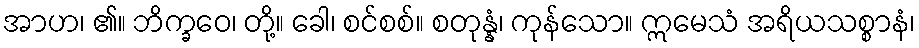
အာဟ၊ ၏။ ဘိက္ခဝေ၊ တို့။ ခေါ၊ စင်စစ်။ စတုန္နံ၊ ကုန်သော။ ဣမေသံ အရိယသစ္စာနံ၊